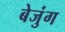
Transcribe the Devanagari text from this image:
बेजुंग